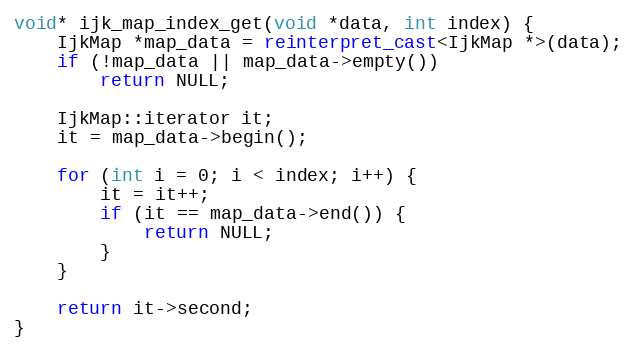
Language: C++
void* ijk_map_index_get(void *data, int index) {
    IjkMap *map_data = reinterpret_cast<IjkMap *>(data);
    if (!map_data || map_data->empty())
        return NULL;

    IjkMap::iterator it;
    it = map_data->begin();

    for (int i = 0; i < index; i++) {
        it = it++;
        if (it == map_data->end()) {
            return NULL;
        }
    }

    return it->second;
}